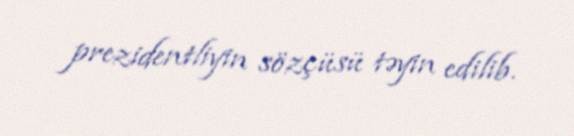
prezidentliyin sözçüsü təyin edilib.